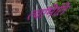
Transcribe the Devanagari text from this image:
त्वमिति